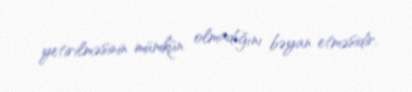
yetirilməsinin mümkün olmadığını bəyan etməsidir.